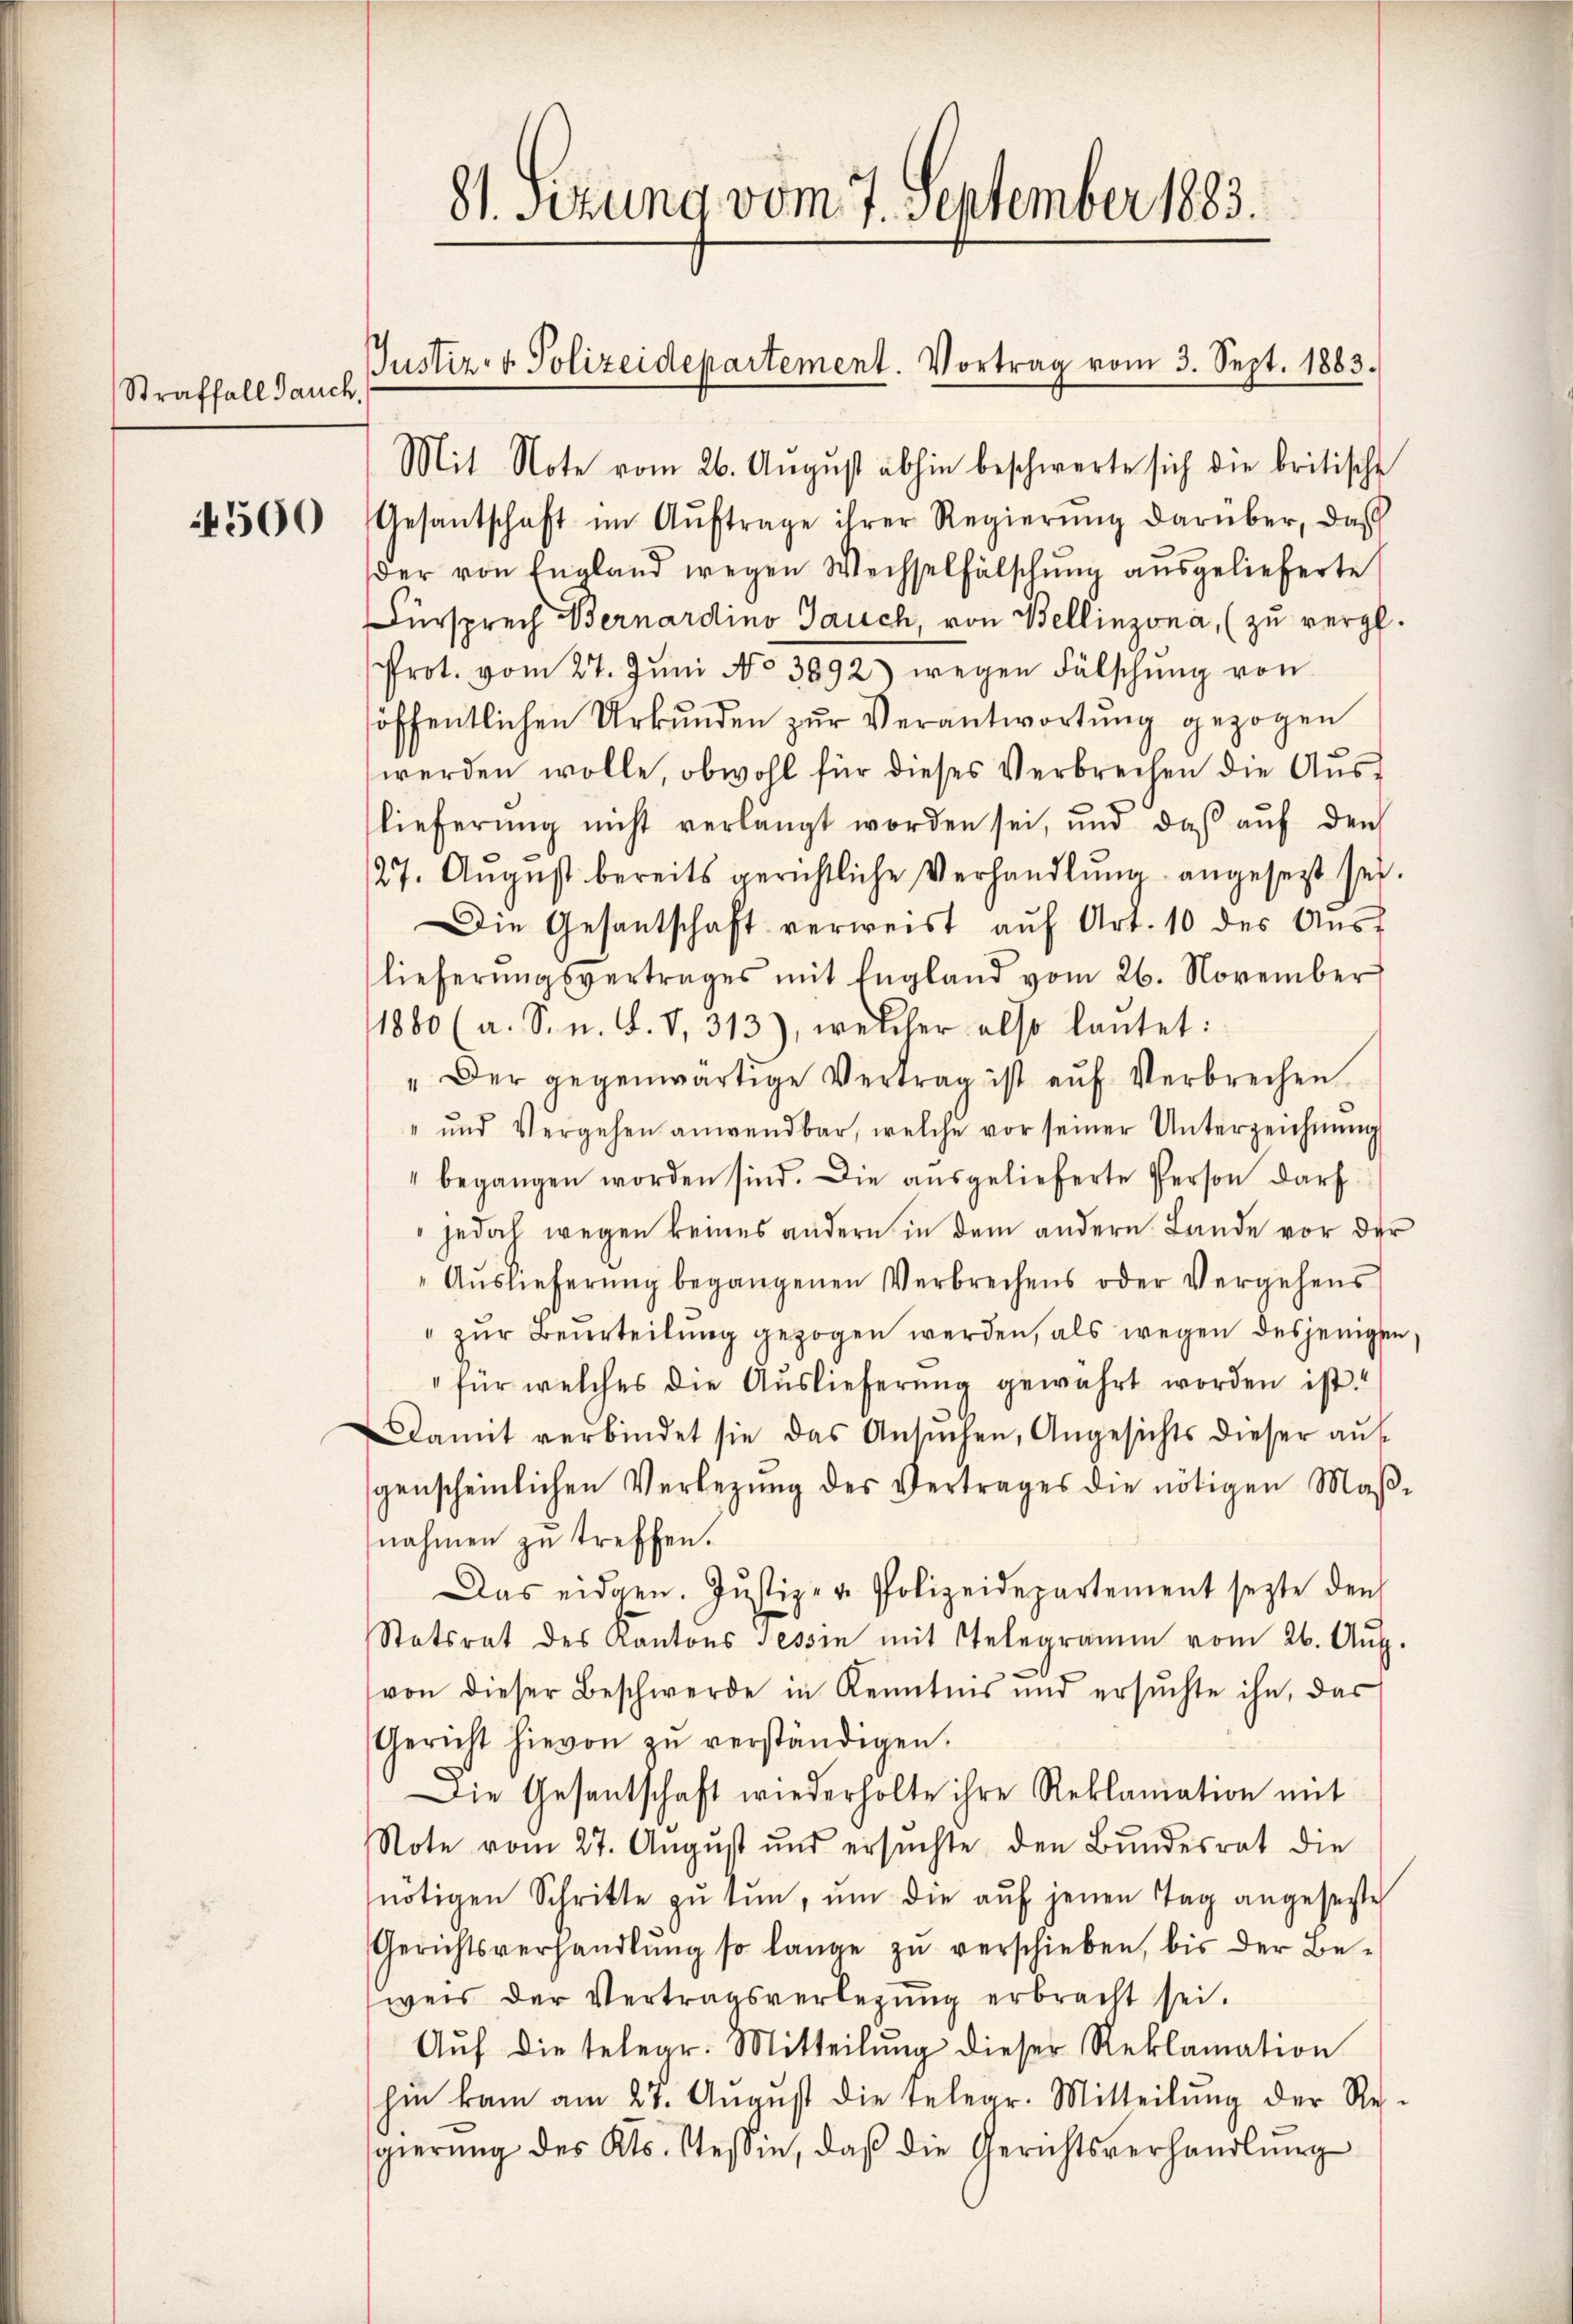
Straffall Jauch,

81. Setzung vom 7. September 1883.
Justiz- & Polizeidepartement. Vortrag vom 3. Sept. 1883.

6500 Gesantschaft im Aŭftrage ihrer Regierŭng darüber, daβ
der von England wegen Wechselfälschŭng aŭsgelieferte
Fürsprech Bernardino Jauch, von Bellinzona, (zu vergl.
Prot. vom 27. Jŭni No 3892) wegen Fälschŭng von
öffentlichen Urkŭnden zŭr Verantwortŭng gezogen
werden wolle, obwohl für dieses Verbrechen die Auslieferung nicht verlangt worden sei, und daß auf den
27. August bereits gerichtliche Verhandlŭng angesezt sei.
Die Gesantschaft verweist aŭf Art. 10 des Auslieferŭngsvertrages mit England vom 26. November
1880 (a. S. n. F. V. 313), welcher also laŭtet:
" Der gegenwärtige Vertrag ist aŭf Verbrechen
und Vergehen anwendbar, welche vor seiner Unterzeichnŭng
" begangen worden sind. Die aŭsgelieferte Person darf
jedoch wegen keines andern in dem andern Lande vor der
Aŭslieferŭng begangenen Verbrechens oder Vergehens
" zur Beurteilung gezogen werden, als wegen desjenigen
für welches die Auslieferŭng gewahrt worden ist!
Damit verbindet sie das Ansŭchen, Angesichts dieser aŭf
genscheinlichen Verlegŭng des Vertrages die nötigen Maβ-
nahmen zu treffen.
Das eidgen. Justiz- u. Polizeidepartement sezte den
Statsrat des Kantons Tessin mit Telegramm vom 26. Aŭg.
von dieser Beschwerde in Kenntnis und ersŭchte ihn, das
Gericht hievon zŭ verständigen.
Die Gesantschaft wiederholte ihre Reklamation mit
Note vom 27. Aŭgŭst und ersŭchte den Bŭndesrat die
nötigen Schritte zu tun, um die auf jenen Tag angesezte
Gerichtsverhandlŭng so lange zŭ verschieben, bis der Be-
weis der Vertragsverlegŭng erbracht sei.
Auf die telegr. Mitteilung dieser Reklamation
hin kam am 27. Aŭgŭst die Telegr. Mitteilŭng der Re-
gierŭng des Kts. Tessin, daβ die Gerichtsverhandlŭng

Mit Note vom 26. August abhin beschwerte sich die britische